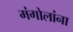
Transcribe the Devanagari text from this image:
मंगोलांना